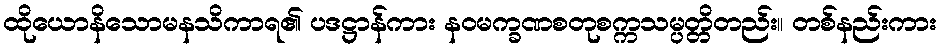
ထိုယောနိသောမနသိကာရ၏ ပဒဋ္ဌာန်ကား နဝမက္ခဏစတုစက္ကသမ္ပတ္တိတည်း။ တစ်နည်းကား